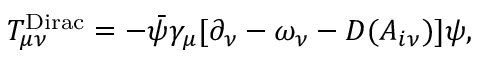
T _ { \mu \nu } ^ { \mathrm { D i r a c } } = - \bar { \psi } \gamma _ { \mu } [ \partial _ { \nu } - \omega _ { \nu } - { \cal D } ( A _ { i \nu } ) ] \psi ,